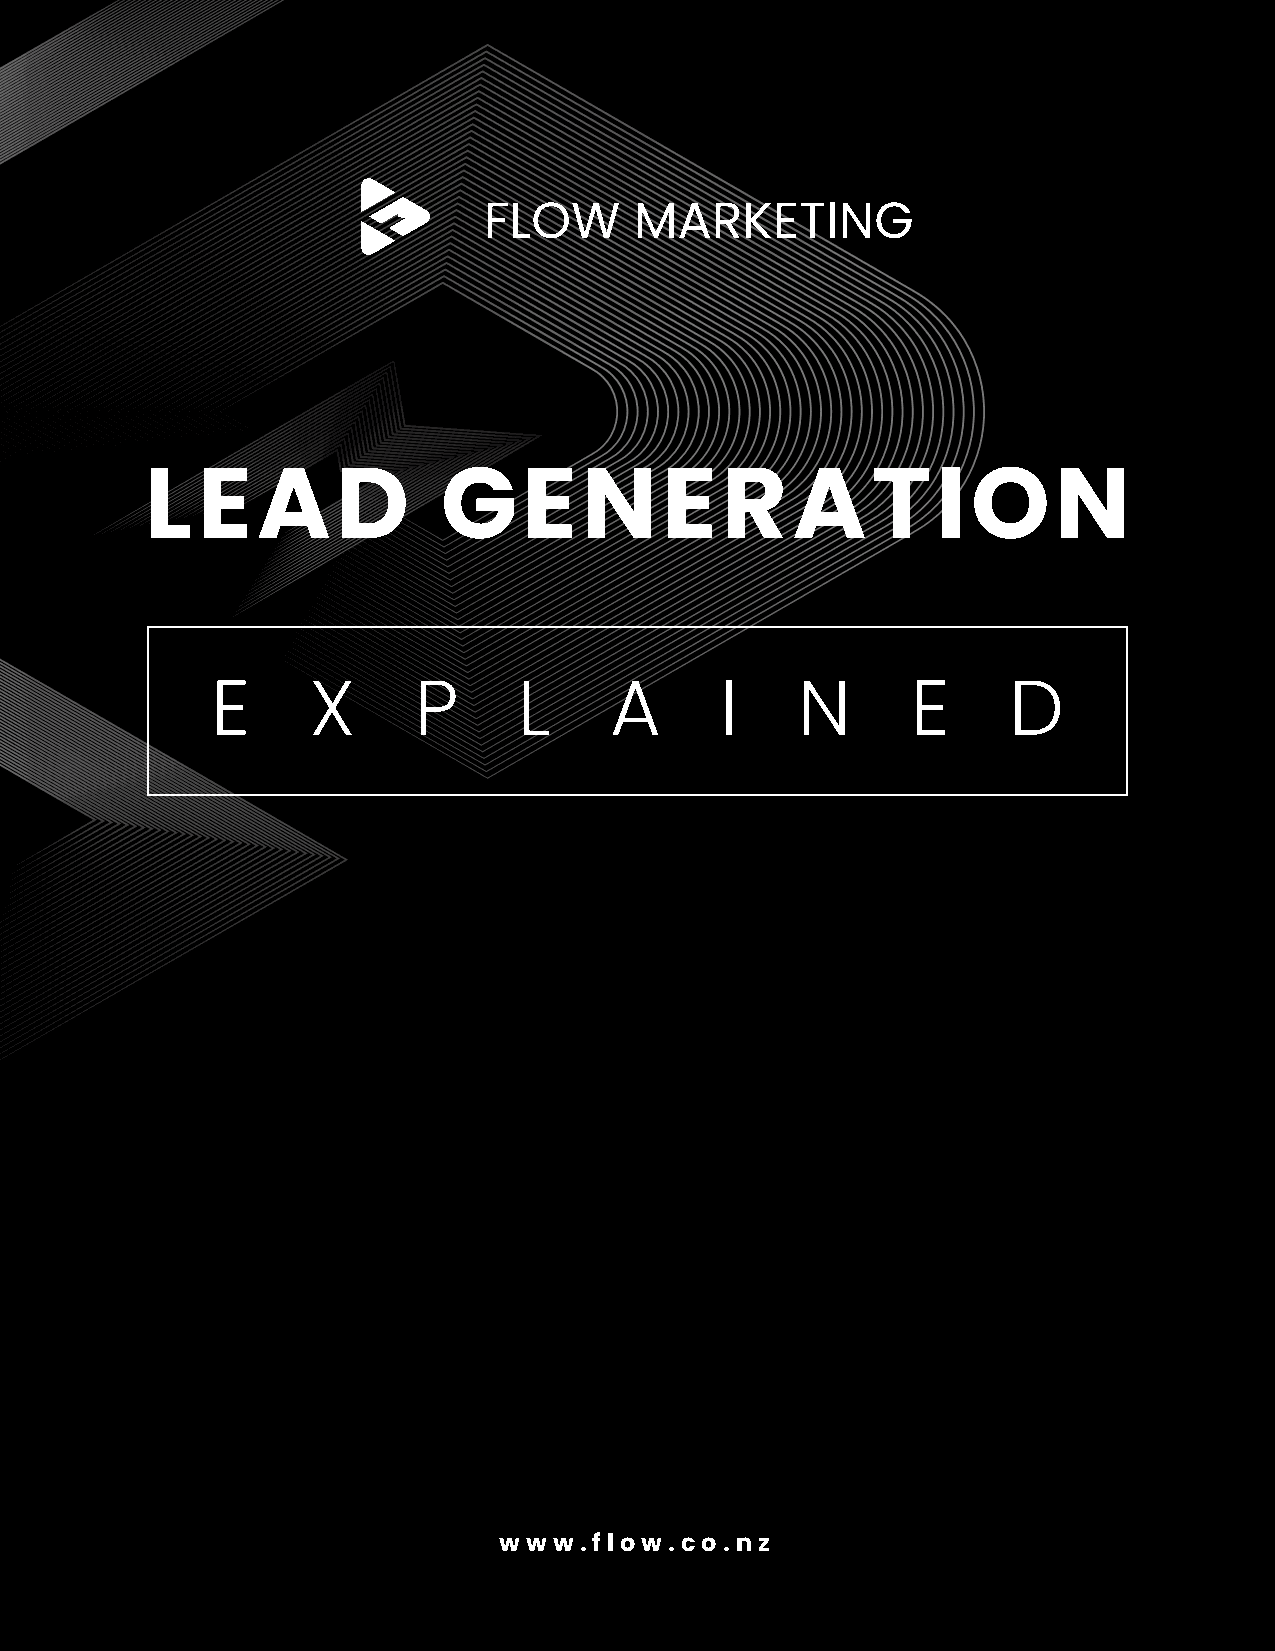
FLOW      MARKETING
 LEAD               GENERATION
 E     XP            L     A       I    N      ED
 www.flow.co.nz